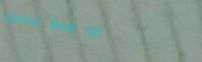
speed limit 60